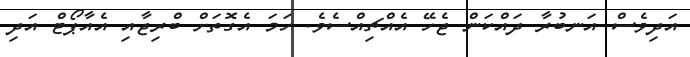
އަދިވެސް އަނބުރާ ދައްކަން ޖެހޭ އެއްޗިއްސެވެ. ހަމަ އެގޮތަށް ބްރިޖާއި އެއާޕޯޓް އަދި